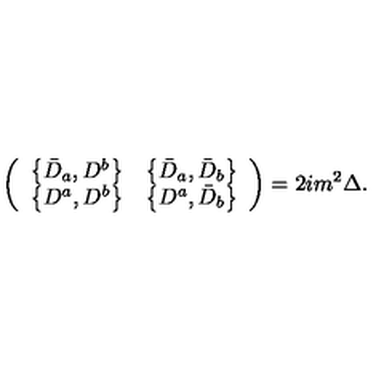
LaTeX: \left( \begin{array} { c c } { \left\{ \bar { D } _ { a } , D ^ { b } \right\} } & { \left\{ \bar { D } _ { a } , \bar { D } _ { b } \right\} } \\ { \left\{ D ^ { a } , D ^ { b } \right\} } & { \left\{ D ^ { a } , \bar { D } _ { b } \right\} } \\ \end{array} \right) = 2 i m ^ { 2 } \Delta .